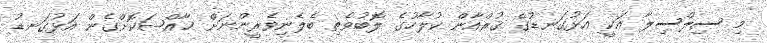
މި ސިލްސިލާ އަކީ އަޅުގަނޑުގެ ޤުރްއާން ކުލާހުގެ ލޮބުވެތި ބެލެނިވެރީންނަށް ޚާއްޞަކޮށްގެން އަޅުގަނޑު